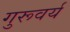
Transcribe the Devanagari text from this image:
गुरूवर्य